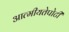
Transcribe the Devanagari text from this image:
आत्मीयतेपोटी